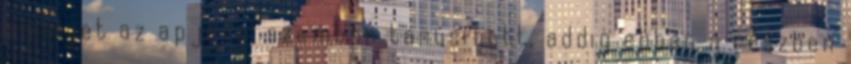
amelyet az apjával szemben tanúsított, addig ebben a részben